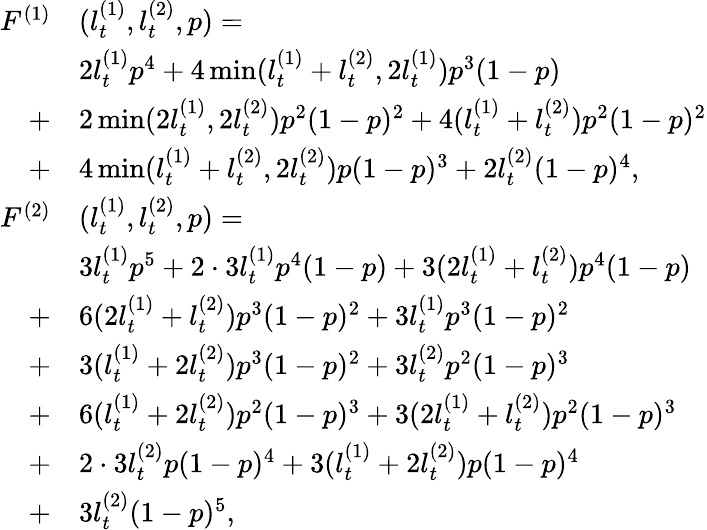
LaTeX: \begin{array}{rl}{F^{(1)}}&{(l_{t}^{(1)},l_{t}^{(2)},p)=}\\ &{2l_{t}^{(1)}p^{4}+4\operatorname*{min}(l_{t}^{(1)}+l_{t}^{(2)},2l_{t}^{(1)})p^{3}(1-p)}\\ {+}&{2\operatorname*{min}(2l_{t}^{(1)},2l_{t}^{(2)})p^{2}(1-p)^{2}+4(l_{t}^{(1)}+l_{t}^{(2)})p^{2}(1-p)^{2}}\\ {+}&{4\operatorname*{min}(l_{t}^{(1)}+l_{t}^{(2)},2l_{t}^{(2)})p(1-p)^{3}+2l_{t}^{(2)}(1-p)^{4},}\\ {F^{(2)}}&{(l_{t}^{(1)},l_{t}^{(2)},p)=}\\ &{3l_{t}^{(1)}p^{5}+2\cdot 3l_{t}^{(1)}p^{4}(1-p)+3(2l_{t}^{(1)}+l_{t}^{(2)})p^{4}(1-p)}\\ {+}&{6(2l_{t}^{(1)}+l_{t}^{(2)})p^{3}(1-p)^{2}+3l_{t}^{(1)}p^{3}(1-p)^{2}}\\ {+}&{3(l_{t}^{(1)}+2l_{t}^{(2)})p^{3}(1-p)^{2}+3l_{t}^{(2)}p^{2}(1-p)^{3}}\\ {+}&{6(l_{t}^{(1)}+2l_{t}^{(2)})p^{2}(1-p)^{3}+3(2l_{t}^{(1)}+l_{t}^{(2)})p^{2}(1-p)^{3}}\\ {+}&{2\cdot 3l_{t}^{(2)}p(1-p)^{4}+3(l_{t}^{(1)}+2l_{t}^{(2)})p(1-p)^{4}}\\ {+}&{3l_{t}^{(2)}(1-p)^{5},}\end{array}